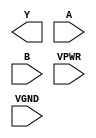
module sky130_fd_sc_hs__nand2 (
    Y   ,
    A   ,
    B   ,
    VPWR,
    VGND
);

    output Y   ;
    input  A   ;
    input  B   ;
    input  VPWR;
    input  VGND;
endmodule